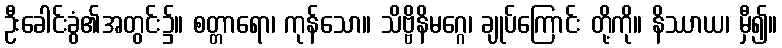
ဦးခေါင်းခွံ၏အတွင်း၌။ စတ္တာရော၊ ကုန်သော။ သိဗ္ဗိနိမဂ္ဂေ၊ ချုပ်ကြောင်း တို့ကို။ နိဿာယ၊ မှီ၍။